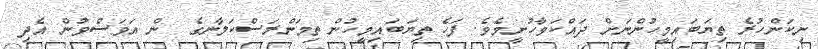
ނިކަންހުރެ ތިޔަބައިމީހުންނަށް ދައްކަވާހުށީމެވެ. ފަހެ ތިޔަބައިމީހުން ތިމަންރަސްކަލާނގެ  ން އަވަސްވުން އެދި